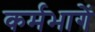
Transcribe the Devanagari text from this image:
कर्मभागें